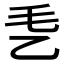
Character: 𰀴